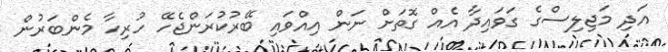
އަދި މަޖިލިސްގެ ގަވައިދާ އެއް ގޮތަށް ނަން އިއްވައި ބޭރުކުރަންޖެހޭ ހުރިހާ މެންބަރުން